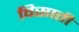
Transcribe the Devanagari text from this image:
विसाती